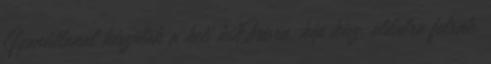
Gyanútlanul készülök a heti kihÍvásra, kép kész, oldalra felrak,